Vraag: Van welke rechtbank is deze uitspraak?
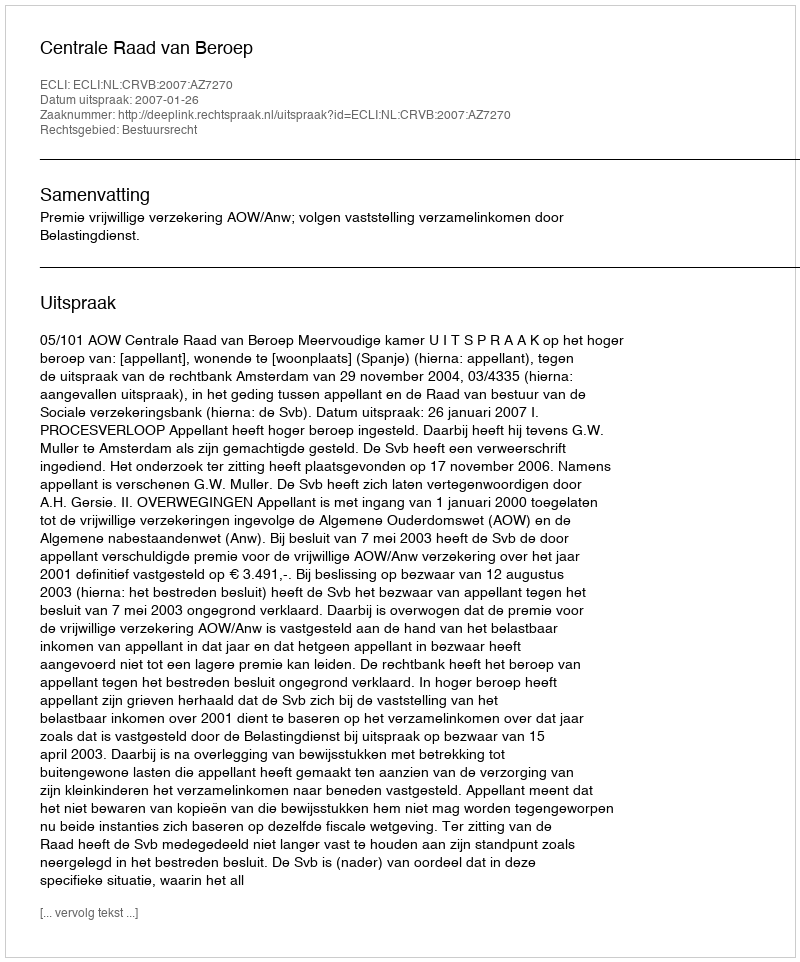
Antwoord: Centrale Raad van Beroep